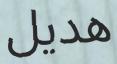
ھديل